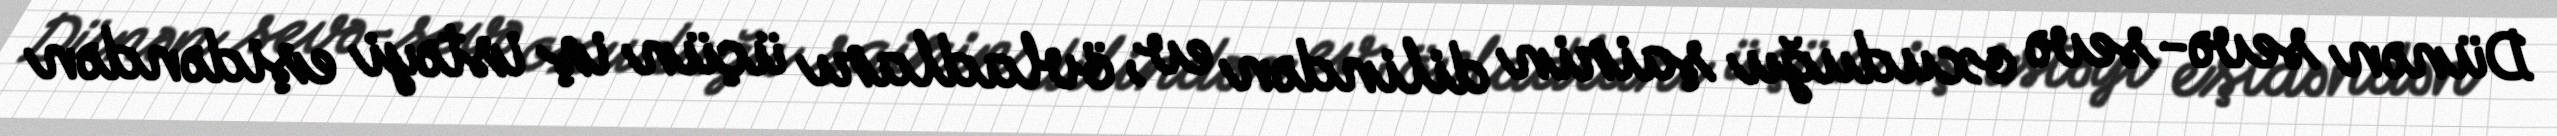
Dünən sevə-sevə oxuduğu şairin dilindən ev, övladları üçün iş istəyi eşidəndən